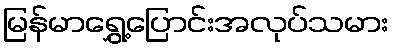
မြန်မာရွှေ့ပြောင်းအလုပ်သမား